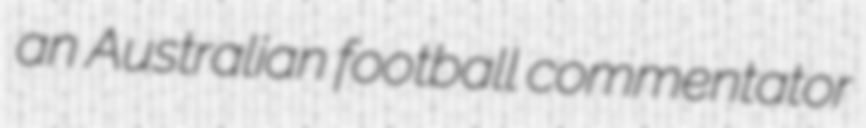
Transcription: an Australian football commentator